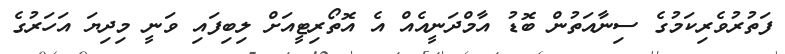
ފަތުރުވެރިކަމުގެ ސިނާއަތުން ބޮޑު އާމްދަނީއެއް އެ އޮތޯރިޓީއަށް ލިބިފައި ވަނީ މިދިޔަ އަހަރުގެ